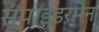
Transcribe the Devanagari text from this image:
स्पाइडरमेन